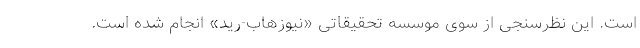
است. این نظرسنجی از سوی موسسه تحقیقاتی «نیوزهاب-رید» انجام شده است.